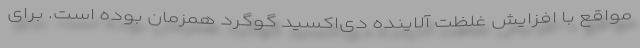
مواقع با افزایش غلظت آلاینده دی‌اکسید گوگرد همزمان بوده است. برای